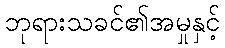
ဘုရားသခင်၏အမှုနှင့်